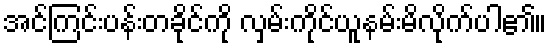
အင်ကြင်းပန်းတခိုင်ကို လှမ်းကိုင်ယူနမ်းမိလိုက်ပါ၏။